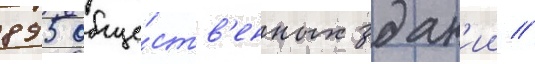
895 обще́ств'енных здан'ии //